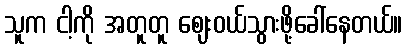
သူက ငါ့ကို အတူတူ ဈေးဝယ်သွားဖို့ခေါ်နေတယ်။